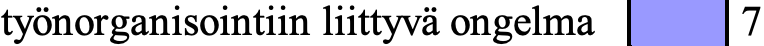
työnorganisointiin liittyvä ongelma 7